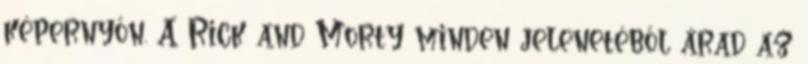
képernyőn. A Rick and Morty minden jelenetéből árad az